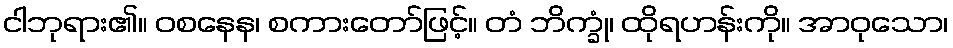
ငါဘုရား၏။ ဝစနေန၊ စကားတော်ဖြင့်။ တံ ဘိက္ခုံ၊ ထိုရဟန်းကို။ အာဝုသော၊